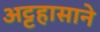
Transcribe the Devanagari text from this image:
अट्टहासाने